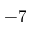
- 7